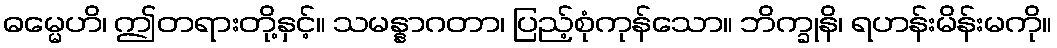
ဓမ္မေဟိ၊ ဤတရားတို့နှင့်။ သမန္နာဂတာ၊ ပြည့်စုံကုန်သော။ ဘိက္ခုနိ၊ ရဟန်းမိန်းမကို။